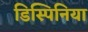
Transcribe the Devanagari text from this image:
डिस्पिनिया